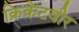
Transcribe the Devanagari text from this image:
क्रिकेटवीर